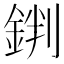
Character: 𨧘